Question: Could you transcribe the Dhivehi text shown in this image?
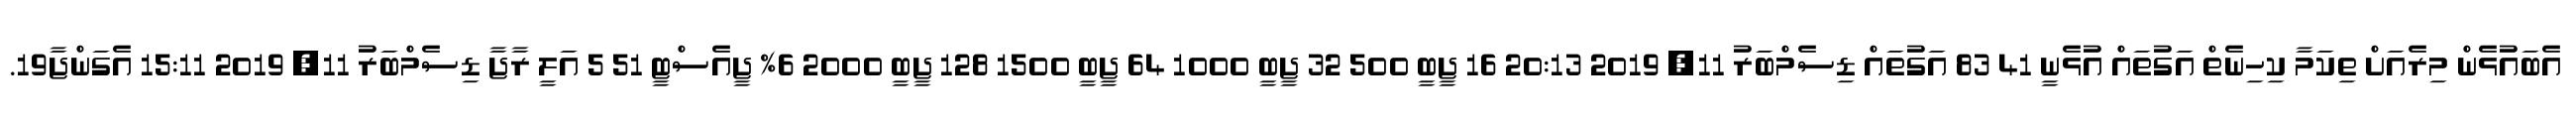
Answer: އެބައުޅެން މިރެއަށް ތިކަމާ ކިހިނެތް އަގުތައް އުޅެނީ 41 83 އަގުތައް ޑިސެމްބަރު 11, 2019 20:13 16 ޖީބީ 500 32 ޖީބީ 1000 64 ޖީބީ 1500 128 ޖީބީ 2000 6% ޖީއެސްޓީ 51 5 އަލީ ރާޖާ ޑިސެމްބަރު 11, 2019 15:11 އެގަންޖާ19.